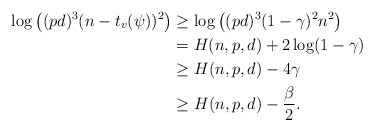
\begin{align*} \log\left((pd)^3(n-t_v(\psi))^2\right) &\geq \log\left((pd)^3(1-\gamma)^2n^2\right) \\ &= H(n,p,d) + 2\log(1-\gamma)\\ &\geq H(n,p,d) - 4\gamma\\ &\geq H(n,p,d) - \frac{\beta}{2}.\end{align*}